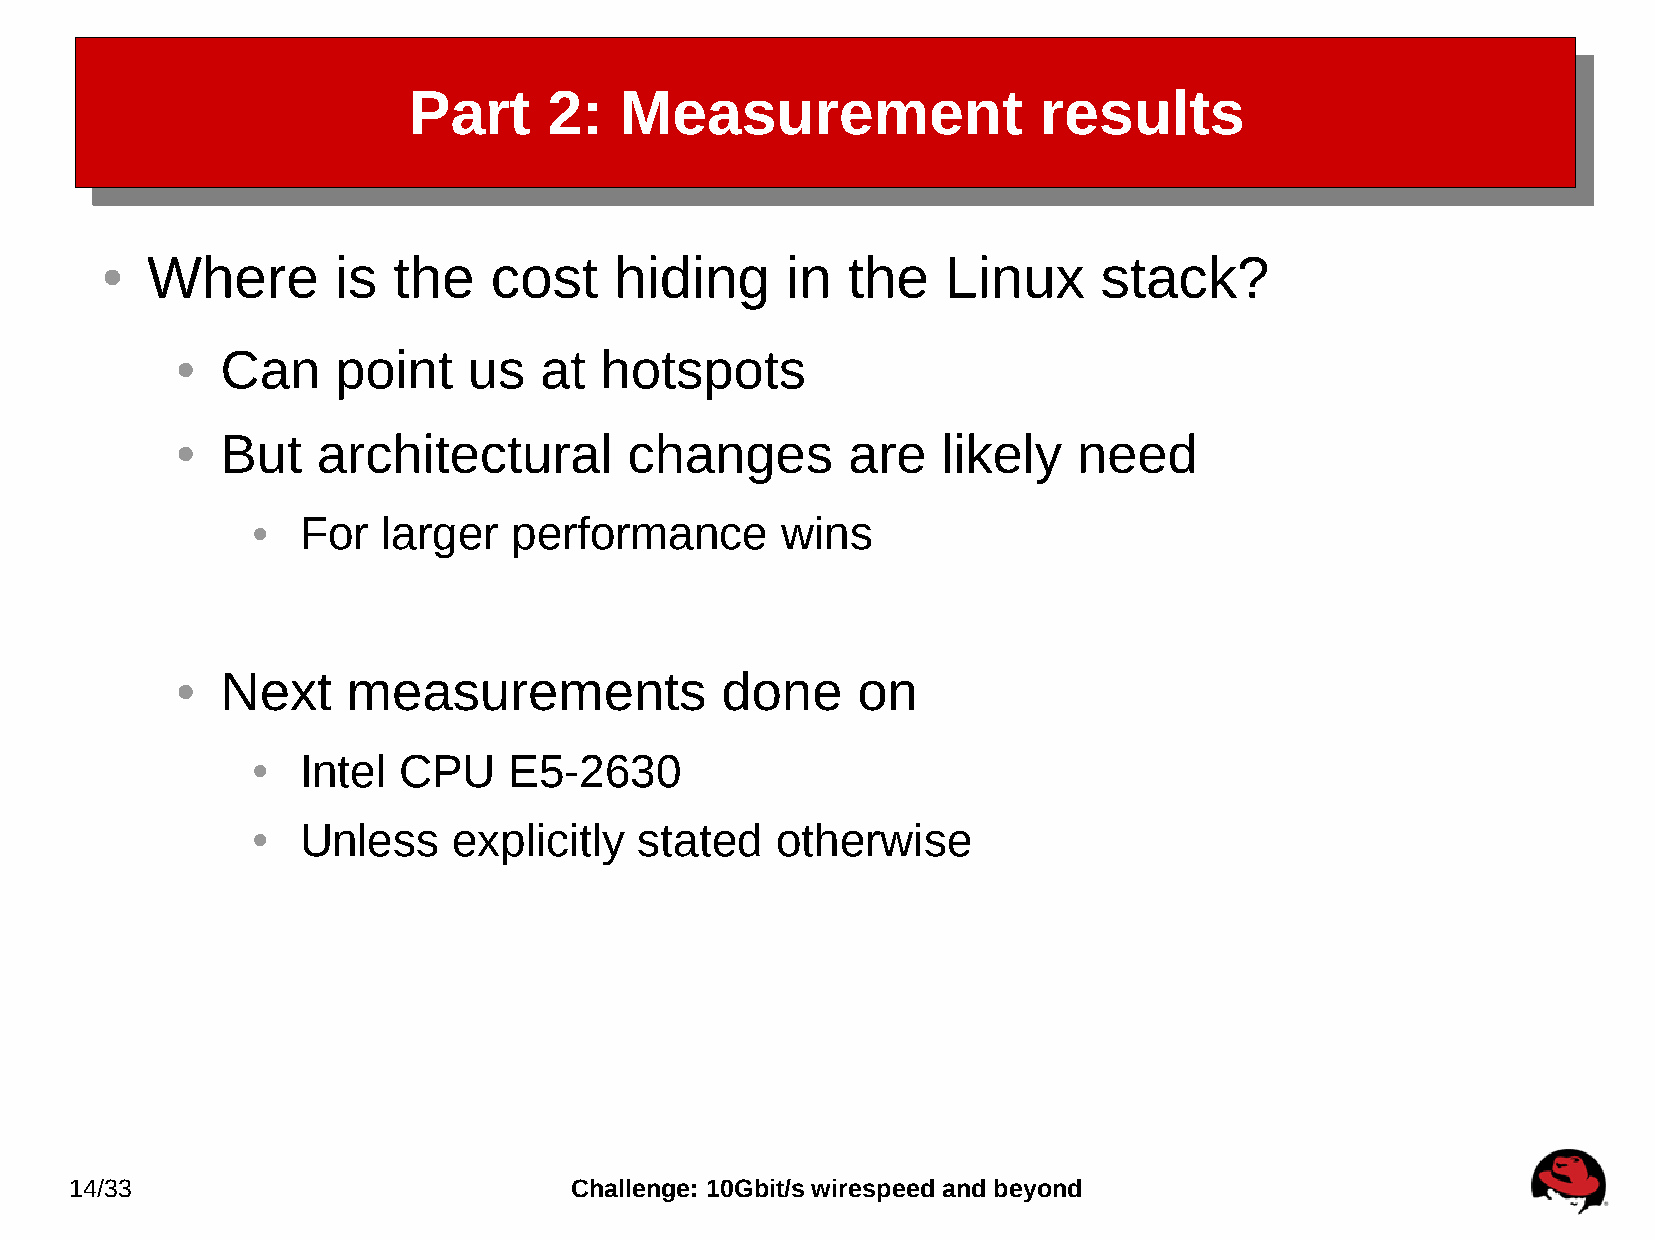
Part     2:   Measurement                 results
 Where       is  the   cost     hiding     in  the    Linux     stack?
 ●
 Can    point    us   at  hotspots
 ●
 But   architectural        changes       are   likely   need
 ●
 For  larger   performance       wins
 ●
 Next    measurements             done     on
 ●
 Intel CPU     E5-2630
 ●
 Unless    explicitly  stated   otherwise
 ●
 14/33                            Challenge: 10Gbit/s wirespeed and beyond